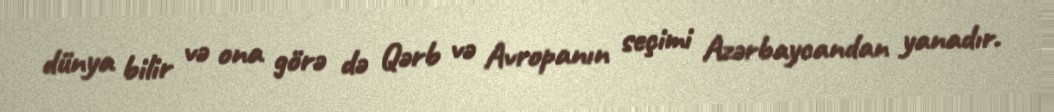
dünya bilir və ona görə də Qərb və Avropanın seçimi Azərbaycandan yanadır.